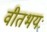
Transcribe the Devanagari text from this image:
वीतभयः